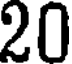
20